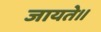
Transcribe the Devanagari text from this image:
जायते।।